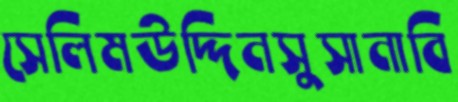
সেলিমউদ্দিনসুসানাবি